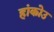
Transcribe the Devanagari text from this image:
हांकोउ